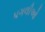
પગલીઓ